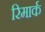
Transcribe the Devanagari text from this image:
रिमार्क